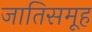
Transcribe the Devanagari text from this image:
जातिसमूह